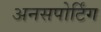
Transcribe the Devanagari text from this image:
अनसपोर्टिंग